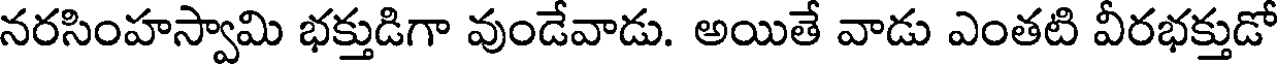
నరసింహస్వామి భక్తుడిగా వుండేవాడు. అయితే వాడు ఎంతటి వీరభక్తుడో